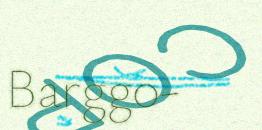
Barggo-